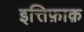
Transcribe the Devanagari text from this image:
इत्तिफ़ाक़